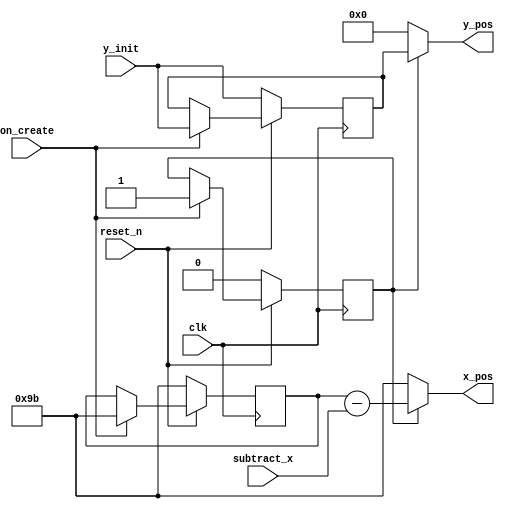
module laser(clk, reset_n, on_create, y_init, subtract_x, x_pos, y_pos);
	input clk; // Clock synced to the system
	input reset_n; // Resets the system
	input on_create; //Represents the space bar
	input [2:0] subtract_x; // Indicates how much to move the x-pixel
	input [6:0] y_init; // The initial y_pos for this laser (should not change)
	output reg [7:0] x_pos; // The current x-position of the alien
	output reg [6:0] y_pos; // The current y-position of the alien

	reg signed [7:0] x_pixel;
	reg [6:0] y_pixel;
	reg created; // Indicates that on_create was called at least once

	always @(posedge clk) begin
		if (!reset_n) begin
			x_pixel <= 8'b10011011;
			y_pixel <= y_init;
			created <= 0;
		end
		else begin
			if (on_create)
				begin
					x_pixel <= 8'b10011011;
					y_pixel <= y_init;
					created <= 1;
				end
		end
	end
	always @(*) begin
		if (created) begin
			x_pos <= x_pixel - subtract_x;
			y_pos <= y_pixel;
		end
		else begin
			x_pos <= 8'b10011011;
			y_pos <= 7'b0000000;
		end
	end
endmodule